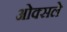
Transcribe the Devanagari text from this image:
ओक्सले